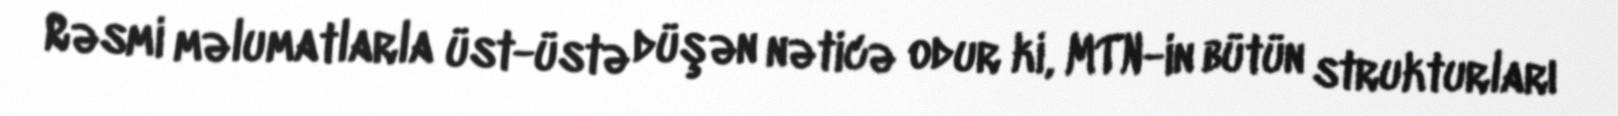
Rəsmi məlumatlarla üst-üstə düşən nəticə odur ki, MTN-in bütün strukturları